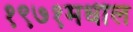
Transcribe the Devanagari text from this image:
१९७१मधील